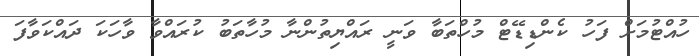
ހުއްޓުމަށް ފަހު ކެންޑިޑޭޓް މުހްތަބާ ވަނީ ރައްޔިތުންނާ މުހާތަބު ކުރައްވާ ވާހަކަ ދައްކަވާފަ